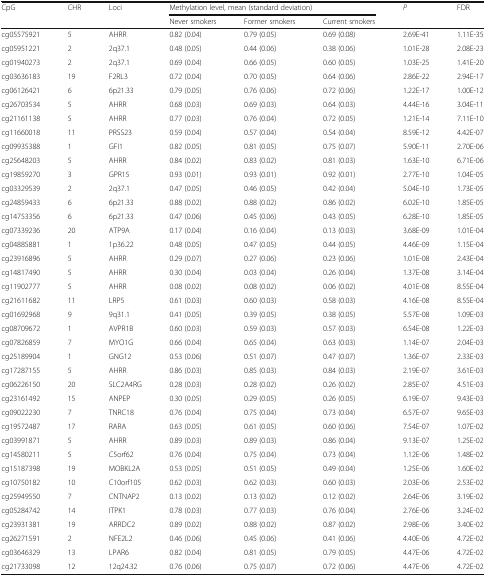
<table><thead><tr><td rowspan="2"><b>CpG</b></td><td rowspan="2"><b>CHR</b></td><td rowspan="2"><b>Loci</b></td><td colspan="3"><b>Methylation level, mean (standard deviation)</b></td><td rowspan="2"><b><i>P</i></b></td><td rowspan="2"><b>FDR</b></td></tr><tr><td><b>Never smokers</b></td><td><b>Former smokers</b></td><td><b>Current smokers</b></td></tr></thead><tbody><tr><td>cg05575921</td><td>5</td><td>AHRR</td><td>0.82 (0.04)</td><td>0.79 (0.05)</td><td>0.69 (0.08)</td><td>2.69E-41</td><td>1.11E-35</td></tr><tr><td>cg05951221</td><td>2</td><td>2q37.1</td><td>0.48 (0.05)</td><td>0.44 (0.06)</td><td>0.38 (0.06)</td><td>1.01E-28</td><td>2.08E-23</td></tr><tr><td>cg01940273</td><td>2</td><td>2q37.1</td><td>0.69 (0.04)</td><td>0.66 (0.05)</td><td>0.60 (0.05)</td><td>1.03E-25</td><td>1.41E-20</td></tr><tr><td>cg03636183</td><td>19</td><td>F2RL3</td><td>0.72 (0.04)</td><td>0.70 (0.05)</td><td>0.64 (0.06)</td><td>2.86E-22</td><td>2.94E-17</td></tr><tr><td>cg06126421</td><td>6</td><td>6p21.33</td><td>0.79 (0.05)</td><td>0.76 (0.06)</td><td>0.72 (0.06)</td><td>1.22E-17</td><td>1.00E-12</td></tr><tr><td>cg26703534</td><td>5</td><td>AHRR</td><td>0.68 (0.03)</td><td>0.69 (0.03)</td><td>0.64 (0.03)</td><td>4.44E-16</td><td>3.04E-11</td></tr><tr><td>cg21161138</td><td>5</td><td>AHRR</td><td>0.77 (0.03)</td><td>0.76 (0.04)</td><td>0.72 (0.05)</td><td>1.21E-14</td><td>7.11E-10</td></tr><tr><td>cg11660018</td><td>11</td><td>PRSS23</td><td>0.59 (0.04)</td><td>0.57 (0.04)</td><td>0.54 (0.04)</td><td>8.59E-12</td><td>4.42E-07</td></tr><tr><td>cg09935388</td><td>1</td><td>GFI1</td><td>0.82 (0.05)</td><td>0.81 (0.05)</td><td>0.75 (0.07)</td><td>5.90E-11</td><td>2.70E-06</td></tr><tr><td>cg25648203</td><td>5</td><td>AHRR</td><td>0.84 (0.02)</td><td>0.83 (0.02)</td><td>0.81 (0.03)</td><td>1.63E-10</td><td>6.71E-06</td></tr><tr><td>cg19859270</td><td>3</td><td>GPR15</td><td>0.93 (0.01)</td><td>0.93 (0.01)</td><td>0.92 (0.01)</td><td>2.77E-10</td><td>1.04E-05</td></tr><tr><td>cg03329539</td><td>2</td><td>2q37.1</td><td>0.47 (0.05)</td><td>0.46 (0.05)</td><td>0.42 (0.04)</td><td>5.04E-10</td><td>1.73E-05</td></tr><tr><td>cg24859433</td><td>6</td><td>6p21.33</td><td>0.88 (0.02)</td><td>0.88 (0.02)</td><td>0.86 (0.02)</td><td>6.02E-10</td><td>1.85E-05</td></tr><tr><td>cg14753356</td><td>6</td><td>6p21.33</td><td>0.47 (0.06)</td><td>0.45 (0.06)</td><td>0.43 (0.05)</td><td>6.28E-10</td><td>1.85E-05</td></tr><tr><td>cg07339236</td><td>20</td><td>ATP9A</td><td>0.17 (0.04)</td><td>0.16 (0.04)</td><td>0.13 (0.03)</td><td>3.68E-09</td><td>1.01E-04</td></tr><tr><td>cg04885881</td><td>1</td><td>1p36.22</td><td>0.48 (0.05)</td><td>0.47 (0.05)</td><td>0.44 (0.05)</td><td>4.46E-09</td><td>1.15E-04</td></tr><tr><td>cg23916896</td><td>5</td><td>AHRR</td><td>0.29 (0.07)</td><td>0.27 (0.06)</td><td>0.23 (0.06)</td><td>1.01E-08</td><td>2.43E-04</td></tr><tr><td>cg14817490</td><td>5</td><td>AHRR</td><td>0.30 (0.04)</td><td>0.03 (0.04)</td><td>0.26 (0.04)</td><td>1.37E-08</td><td>3.14E-04</td></tr><tr><td>cg11902777</td><td>5</td><td>AHRR</td><td>0.08 (0.02)</td><td>0.08 (0.02)</td><td>0.06 (0.02)</td><td>4.01E-08</td><td>8.55E-04</td></tr><tr><td>cg21611682</td><td>11</td><td>LRP5</td><td>0.61 (0.03)</td><td>0.60 (0.03)</td><td>0.58 (0.03)</td><td>4.16E-08</td><td>8.55E-04</td></tr><tr><td>cg01692968</td><td>9</td><td>9q31.1</td><td>0.41 (0.05)</td><td>0.39 (0.05)</td><td>0.38 (0.05)</td><td>5.57E-08</td><td>1.09E-03</td></tr><tr><td>cg08709672</td><td>1</td><td>AVPR1B</td><td>0.60 (0.03)</td><td>0.59 (0.03)</td><td>0.57 (0.03)</td><td>6.54E-08</td><td>1.22E-03</td></tr><tr><td>cg07826859</td><td>7</td><td>MYO1G</td><td>0.66 (0.04)</td><td>0.65 (0.04)</td><td>0.63 (0.03)</td><td>1.14E-07</td><td>2.04E-03</td></tr><tr><td>cg25189904</td><td>1</td><td>GNG12</td><td>0.53 (0.06)</td><td>0.51 (0.07)</td><td>0.47 (0.07)</td><td>1.36E-07</td><td>2.33E-03</td></tr><tr><td>cg17287155</td><td>5</td><td>AHRR</td><td>0.86 (0.03)</td><td>0.85 (0.03)</td><td>0.84 (0.03)</td><td>2.19E-07</td><td>3.61E-03</td></tr><tr><td>cg06226150</td><td>20</td><td>SLC2A4RG</td><td>0.28 (0.03)</td><td>0.28 (0.02)</td><td>0.26 (0.02)</td><td>2.85E-07</td><td>4.51E-03</td></tr><tr><td>cg23161492</td><td>15</td><td>ANPEP</td><td>0.30 (0.05)</td><td>0.29 (0.05)</td><td>0.26 (0.05)</td><td>6.19E-07</td><td>9.43E-03</td></tr><tr><td>cg09022230</td><td>7</td><td>TNRC18</td><td>0.76 (0.04)</td><td>0.75 (0.04)</td><td>0.73 (0.04)</td><td>6.57E-07</td><td>9.65E-03</td></tr><tr><td>cg19572487</td><td>17</td><td>RARA</td><td>0.63 (0.05)</td><td>0.61 (0.05)</td><td>0.60 (0.06)</td><td>7.54E-07</td><td>1.07E-02</td></tr><tr><td>cg03991871</td><td>5</td><td>AHRR</td><td>0.89 (0.03)</td><td>0.89 (0.03)</td><td>0.86 (0.04)</td><td>9.13E-07</td><td>1.25E-02</td></tr><tr><td>cg14580211</td><td>5</td><td>C5orf62</td><td>0.76 (0.04)</td><td>0.75 (0.04)</td><td>0.73 (0.04)</td><td>1.12E-06</td><td>1.48E-02</td></tr><tr><td>cg15187398</td><td>19</td><td>MOBKL2A</td><td>0.53 (0.05)</td><td>0.51 (0.05)</td><td>0.49 (0.04)</td><td>1.25E-06</td><td>1.60E-02</td></tr><tr><td>cg10750182</td><td>10</td><td>C10orf105</td><td>0.62 (0.03)</td><td>0.62 (0.03)</td><td>0.60 (0.03)</td><td>2.03E-06</td><td>2.53E-02</td></tr><tr><td>cg25949550</td><td>7</td><td>CNTNAP2</td><td>0.13 (0.02)</td><td>0.13 (0.02)</td><td>0.12 (0.02)</td><td>2.64E-06</td><td>3.19E-02</td></tr><tr><td>cg05284742</td><td>14</td><td>ITPK1</td><td>0.78 (0.03)</td><td>0.77 (0.03)</td><td>0.76 (0.04)</td><td>2.76E-06</td><td>3.24E-02</td></tr><tr><td>cg23931381</td><td>19</td><td>ARRDC2</td><td>0.89 (0.02)</td><td>0.88 (0.02)</td><td>0.87 (0.02)</td><td>2.98E-06</td><td>3.40E-02</td></tr><tr><td>cg26271591</td><td>2</td><td>NFE2L2</td><td>0.46 (0.06)</td><td>0.45 (0.06)</td><td>0.41 (0.06)</td><td>4.40E-06</td><td>4.72E-02</td></tr><tr><td>cg03646329</td><td>13</td><td>LPAR6</td><td>0.82 (0.04)</td><td>0.81 (0.05)</td><td>0.79 (0.05)</td><td>4.47E-06</td><td>4.72E-02</td></tr><tr><td>cg21733098</td><td>12</td><td>12q24.32</td><td>0.76 (0.06)</td><td>0.75 (0.07)</td><td>0.72 (0.06)</td><td>4.47E-06</td><td>4.72E-02</td></tr></tbody></table>